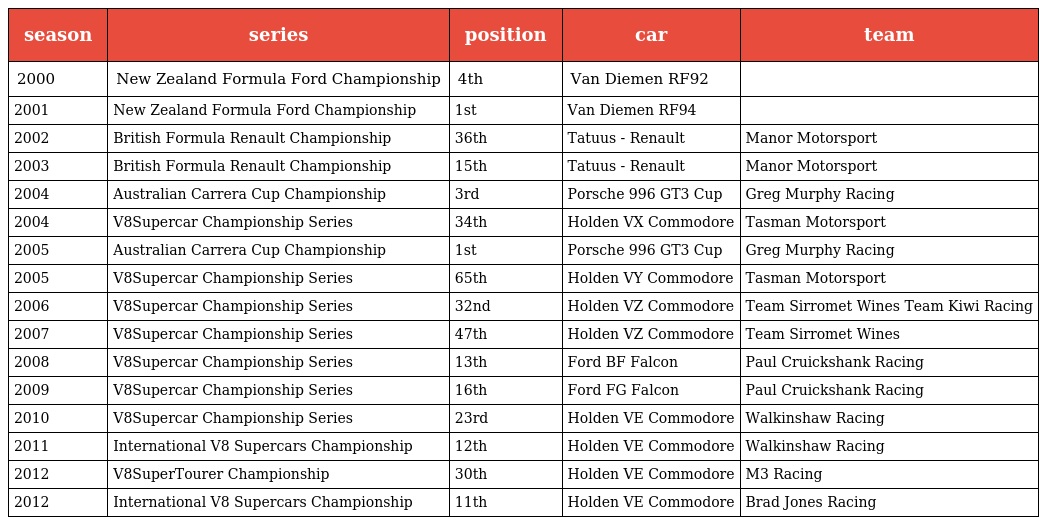
| season | series | position | car | team |
 | --- | --- | --- | --- | --- |
 | 2000 | New Zealand Formula Ford Championship | 4th | Van Diemen RF92 |  |
 | 2001 | New Zealand Formula Ford Championship | 1st | Van Diemen RF94 |  |
 | 2002 | British Formula Renault Championship | 36th | Tatuus - Renault | Manor Motorsport |
 | 2003 | British Formula Renault Championship | 15th | Tatuus - Renault | Manor Motorsport |
 | 2004 | Australian Carrera Cup Championship | 3rd | Porsche 996 GT3 Cup | Greg Murphy Racing |
 | 2004 | V8Supercar Championship Series | 34th | Holden VX Commodore | Tasman Motorsport |
 | 2005 | Australian Carrera Cup Championship | 1st | Porsche 996 GT3 Cup | Greg Murphy Racing |
 | 2005 | V8Supercar Championship Series | 65th | Holden VY Commodore | Tasman Motorsport |
 | 2006 | V8Supercar Championship Series | 32nd | Holden VZ Commodore | Team Sirromet Wines Team Kiwi Racing |
 | 2007 | V8Supercar Championship Series | 47th | Holden VZ Commodore | Team Sirromet Wines |
 | 2008 | V8Supercar Championship Series | 13th | Ford BF Falcon | Paul Cruickshank Racing |
 | 2009 | V8Supercar Championship Series | 16th | Ford FG Falcon | Paul Cruickshank Racing |
 | 2010 | V8Supercar Championship Series | 23rd | Holden VE Commodore | Walkinshaw Racing |
 | 2011 | International V8 Supercars Championship | 12th | Holden VE Commodore | Walkinshaw Racing |
 | 2012 | V8SuperTourer Championship | 30th | Holden VE Commodore | M3 Racing |
 | 2012 | International V8 Supercars Championship | 11th | Holden VE Commodore | Brad Jones Racing |